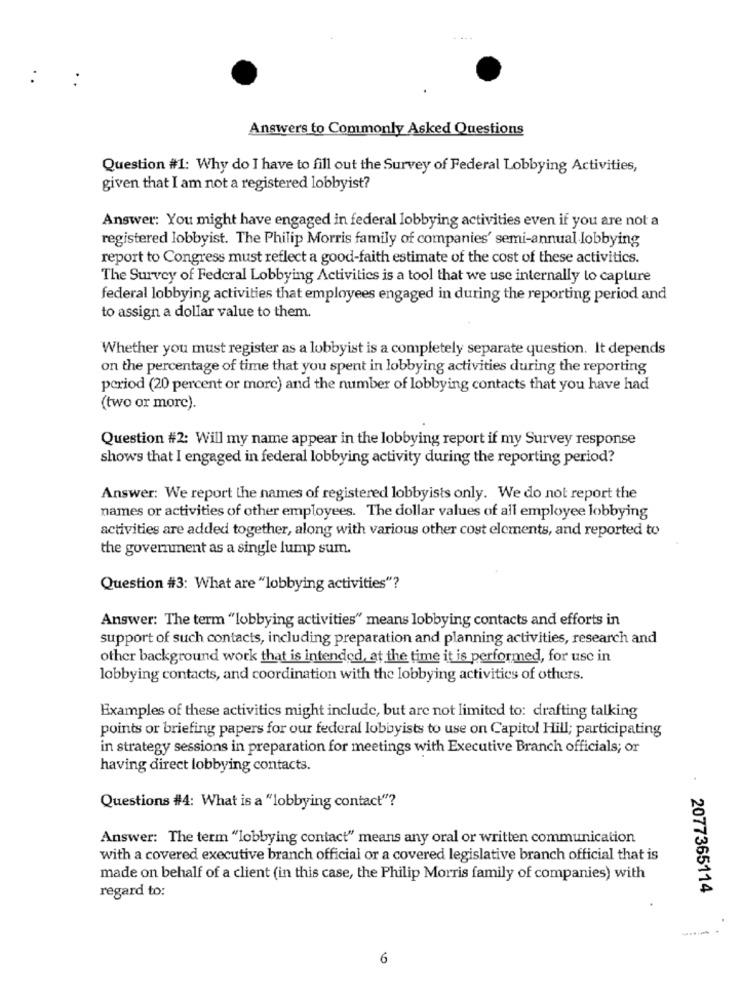
. .
Answers to Commonly Asked Questions
Question #1: Why do I have to fill out the Survey of Federal Lobbying Activities,
given that I am not a registered lobbyist?
Answer: You might have engaged in federal lobbying activities even if you are not a
registered lobbyist. The Philip Morris family of companies' semi-annual lobbying
report to Congress must reflect a good-faith estimate of the cost of these activities.
The Survey of Federal Lobbying Activities is a tool that we use internally to capture
federal lobbying activities that employees engaged in during the reporting period and
to assign a dollar value to them.
Whether you must register as a lobbyist is a completely separate question. It depends
on the percentage of time that you spent in lobbying activities during the reporting
period (20 percent or more) and the number of lobbying contacts that you have had
(two or more).
Question #2: Will my name appear in the lobbying report if my Survey response
shows that I engaged in federal lobbying activity during the reporting period?
Answer: We report the names of registered lobbyists only. We do not report the
names or activities of other employees. The dollar values of all employee lobbying
activities are added together, along with various other cost elements, and reported to
the government as a single lump sum.
Question #3: What are "lobbying activities"?
Answer: The term "lobbying activities" means lobbying contacts and efforts in
support of such contacts, including preparation and planning activities, research and
other background work that is intended, at the time it is performed, for use in
lobbying contacts, and coordination with the lobbying activities of others.
Examples of these activities might include, but are not limited to: drafting talking
points or briefing papers for our federal lobbyists to use on Capitol Hill; participating
in strategy sessions in preparation for meetings with Executive Branch officials; or
having direct lobbying contacts.
Questions #4: What is a "lobbying contact"?
Answer: The term "lobbying contact" means any oral or written communication
with a covered executive branch official or a covered legislative branch official that is
made on behalf of a client (in this case, the Philip Morris family of companies) with
regard to:
2077365114
6